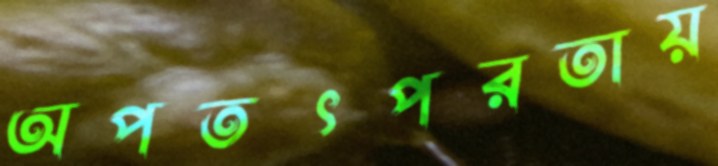
অপতৎপরতায়